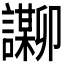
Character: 𬣌